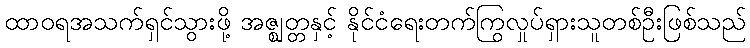
ထာဝရအသက်ရှင်သွားဖို့ အဇ္ဈတ္တနှင့် နိုင်ငံရေးတက်ကြွလှုပ်ရှားသူတစ်ဦးဖြစ်သည်